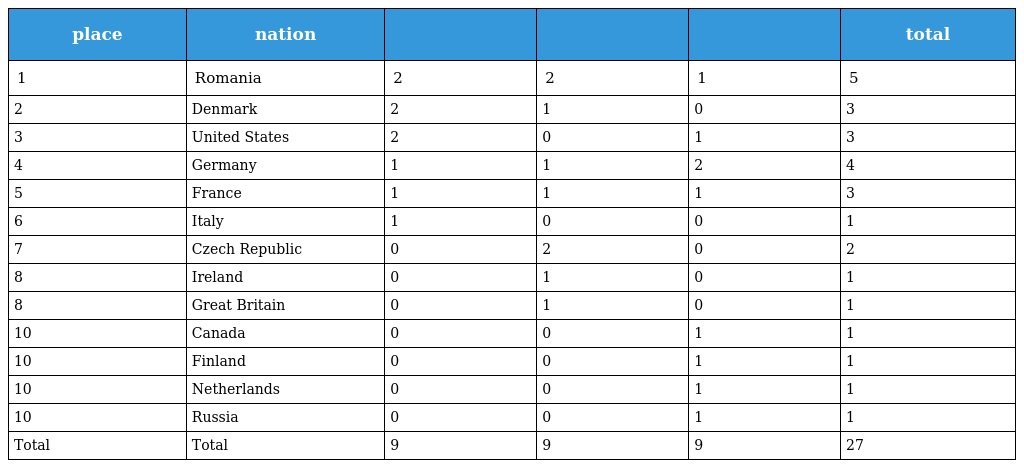
| place | nation |  |  |  | total |
 | --- | --- | --- | --- | --- | --- |
 | 1 | Romania | 2 | 2 | 1 | 5 |
 | 2 | Denmark | 2 | 1 | 0 | 3 |
 | 3 | United States | 2 | 0 | 1 | 3 |
 | 4 | Germany | 1 | 1 | 2 | 4 |
 | 5 | France | 1 | 1 | 1 | 3 |
 | 6 | Italy | 1 | 0 | 0 | 1 |
 | 7 | Czech Republic | 0 | 2 | 0 | 2 |
 | 8 | Ireland | 0 | 1 | 0 | 1 |
 | 8 | Great Britain | 0 | 1 | 0 | 1 |
 | 10 | Canada | 0 | 0 | 1 | 1 |
 | 10 | Finland | 0 | 0 | 1 | 1 |
 | 10 | Netherlands | 0 | 0 | 1 | 1 |
 | 10 | Russia | 0 | 0 | 1 | 1 |
 | Total | Total | 9 | 9 | 9 | 27 |